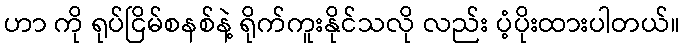
ဟာ ကို ရုပ်ငြိမ်စနစ်နဲ့ ရိုက်ကူးနိုင်သလို လည်း ပံ့ပိုးထားပါတယ်။